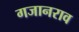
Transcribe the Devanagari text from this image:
गजानराव